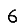
Digit: 6